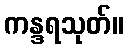
ကန္ဒရသုတ်။